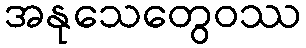
အနုသေတွေဝဿ